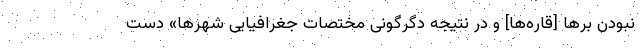
نبودن برها [قاره‌ها] و در نتیجه دگرگونی مختصات جغرافیایی شهرها» دست